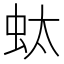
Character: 𧉑